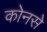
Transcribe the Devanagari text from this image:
कोनसे